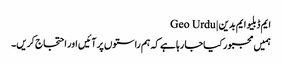
ایم ڈبلیو ایم بدین | Geo Urdu
ہمیں مجبور کیاجا رہا ہے کہ ہم راستوں پر آئیں اور احتجاج کریں۔